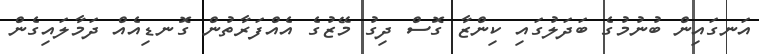
އަނގައިން ބުނުމުގެ ބަދަލުގައި ކިންޒާ ގޮސް ދިގު މޭޒުގެ އެއްފަރާތުން ގޮނޑިއެއް ދަމާލައިގެން